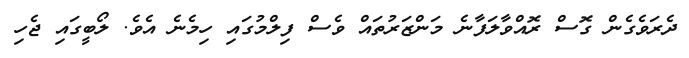
ދެރަވެގެން ގޮސް ރޮއްވާލަފާނެ މަންޒަރުތައް ވެސް ފިލްމުގައި ހިމެނެ އެވެ. ލޯބީގައި ޖެހި